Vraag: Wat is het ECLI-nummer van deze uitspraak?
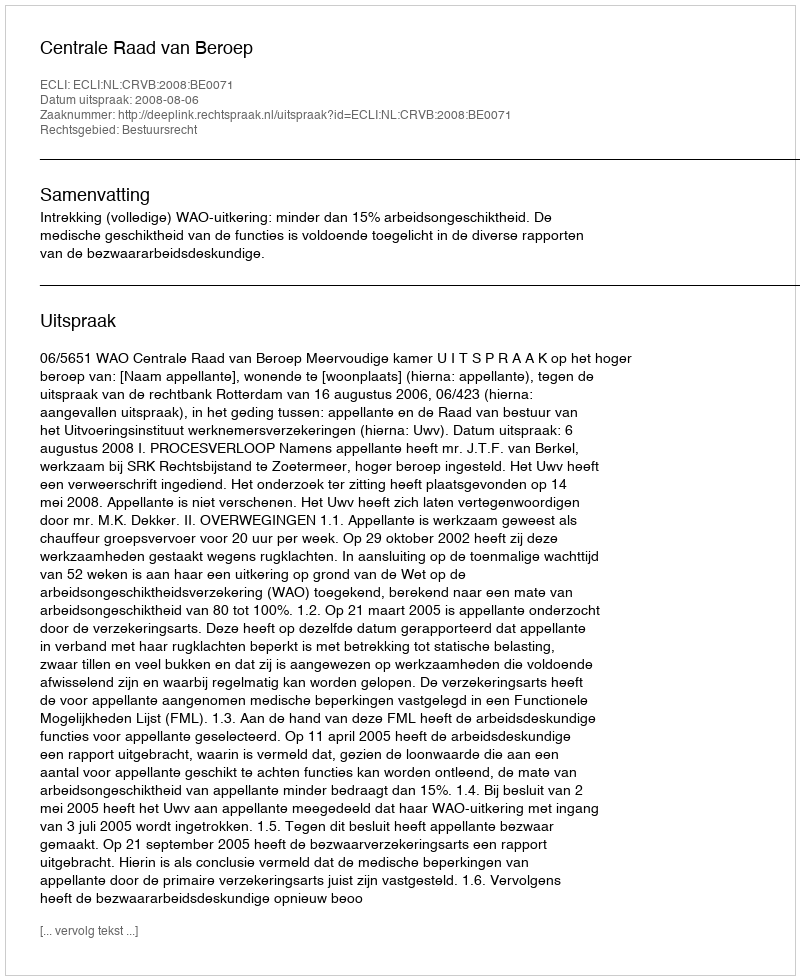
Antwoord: ECLI:NL:CRVB:2008:BE0071